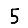
Digit: 5